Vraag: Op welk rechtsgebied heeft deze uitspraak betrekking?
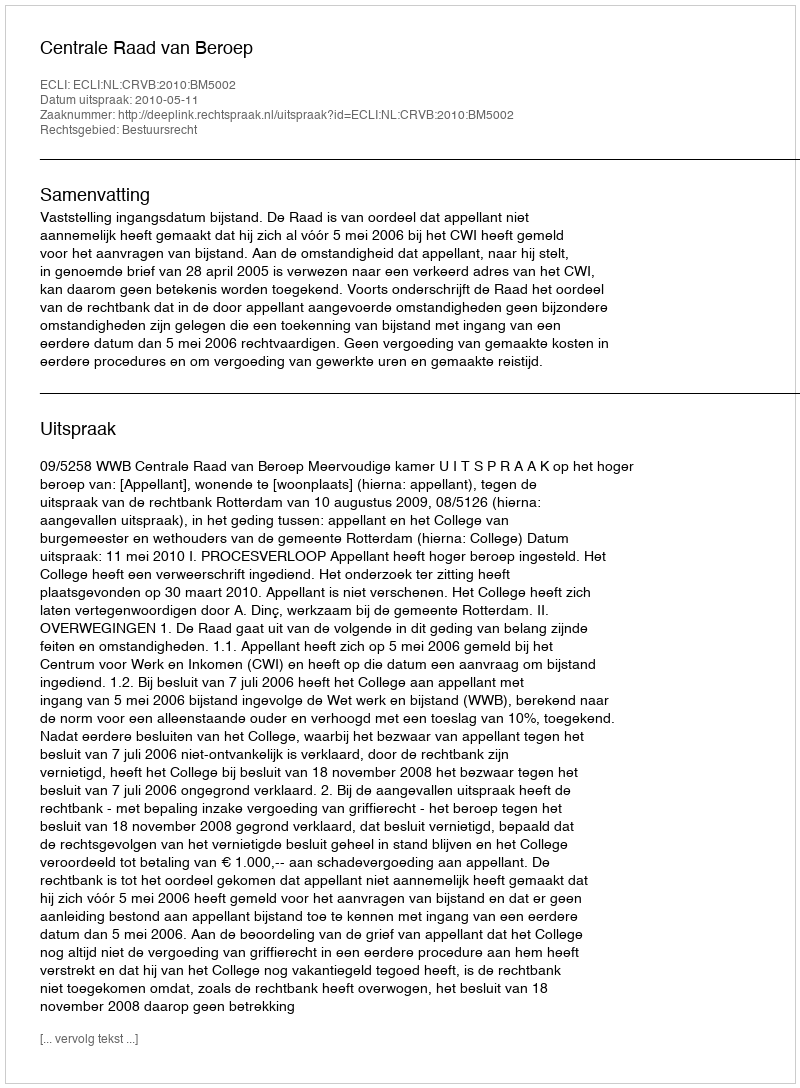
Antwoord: Bestuursrecht